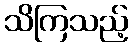
သိကြသည့်